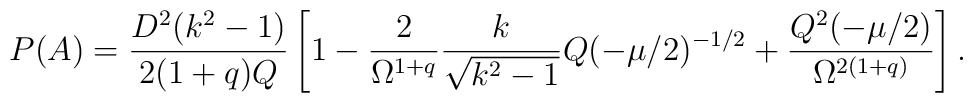
P(A)=\frac{D^2 (k^2-1)}{2(1+q)Q} \left[ 1- \frac{2}{\Omega^{1+q}}\frac{k}{\sqrt{k^2-1}}Q(-\mu/2)^{-1/2}+ \frac{Q^2 (-\mu/2)}{\Omega^{2(1+q)}}\right].